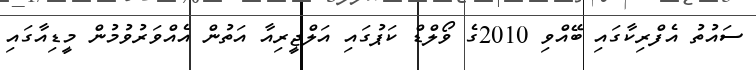
ސައުތު އެފްރިކާގައި ބޭއްވި 2010ގެ ވޯލްޑް ކަޕުގައި އަލްޖީރިއާ އަތުން އެއްވަރުވުމުން މީޑިއާގައި